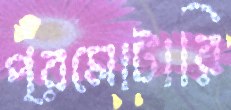
প্রমোটারি